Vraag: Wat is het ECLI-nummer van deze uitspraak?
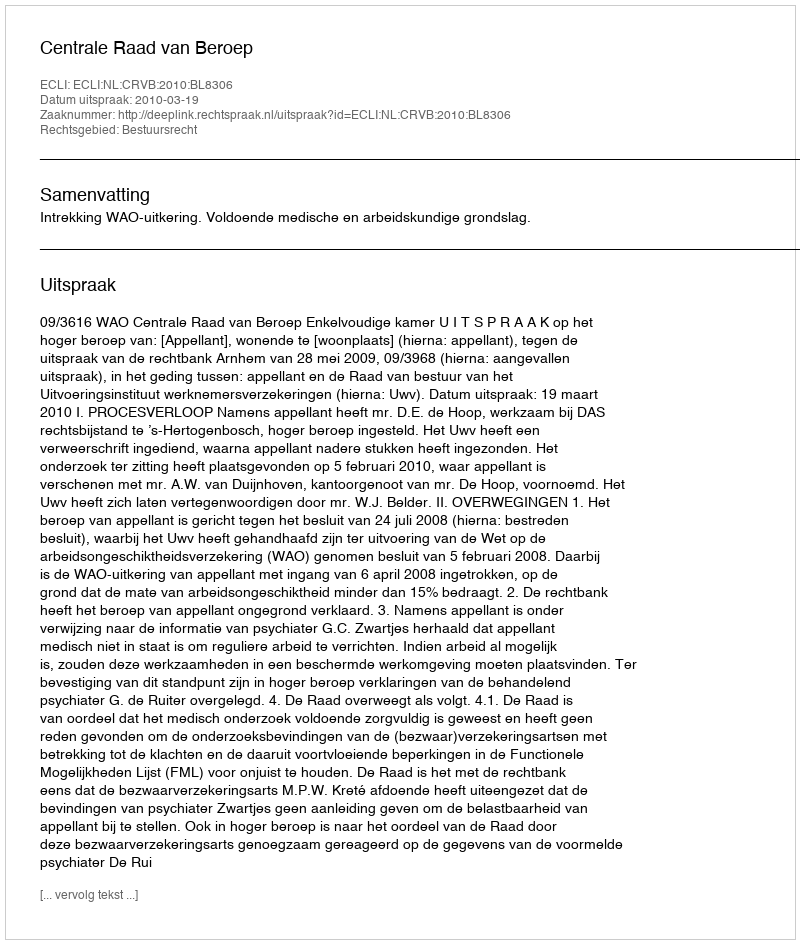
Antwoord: ECLI:NL:CRVB:2010:BL8306